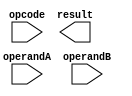
module FloatingPointALU (
    input wire [31:0] operandA,
    input wire [31:0] operandB,
    input wire [2:0] opcode,
    output wire [31:0] result
);

// Modules for addition, subtraction, multiplication, and division
// Special cases modules for infinity, NaN, denormalized numbers

// Control unit for selecting operation based on opcode

// Perform arithmetic operations on single precision and double precision floating point numbers

endmodule